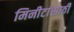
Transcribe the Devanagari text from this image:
मिनीटांसाठी